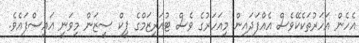
އެހެން އަހަރުތަކެކޭވެސް އެއްފަދައިން މިއަހަރުގެ ވެސް ޓުއަރިޒަމްގެ ޕީކް ސީޒަން މިވަނީ އައިސްފައެވެ.